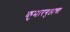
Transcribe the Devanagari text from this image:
कुमारगुप्ताचा